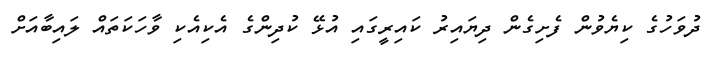
ދުވަހުގެ ކިޔެވުން ފެށިގެން ދިޔައިރު ކައިރީގައި އުޅޭ ކުދިންގެ އެކިއެކި ވާހަކަތައް ލައިބާއަށް